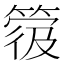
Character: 𥯼